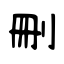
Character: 删